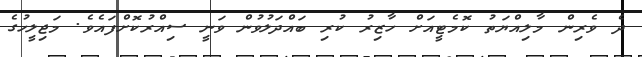
ދެ ވެރިން މާލިއްޔަތު ކޮމެޓީއަށް ހާޒިރު ކުރި ބައްދަލުވުން ވަނީ ސިއްރުކޮށްފައެވެ. މަޖިލީހުގެ